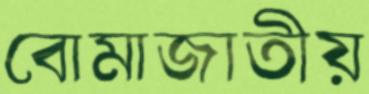
বোমাজাতীয়